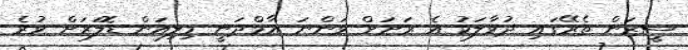
ސީޒަން ތެރޭގައި ދުވާލަކު އެ ރަށަށް ވަންނަ އާމްދަނީ މިލިއަން ޑޮލަރަށް ވުރެ